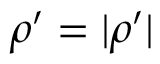
\rho ^ { \prime } = \vert \boldsymbol { \rho } ^ { \prime } \vert